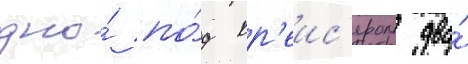
дно́ по́д кр'еис'ером два́